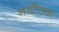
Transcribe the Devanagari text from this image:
नदीतक